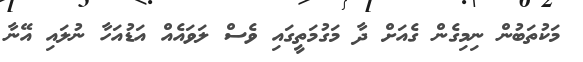
މަކުތަބުން ނިމިގެން ގެއަށް ދާ މަގުމަތީގައި ވެސް ލަވައެއް އަޑުއަހާ ނުލައި އޭނާ